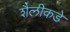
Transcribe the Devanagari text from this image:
शैलीकडे